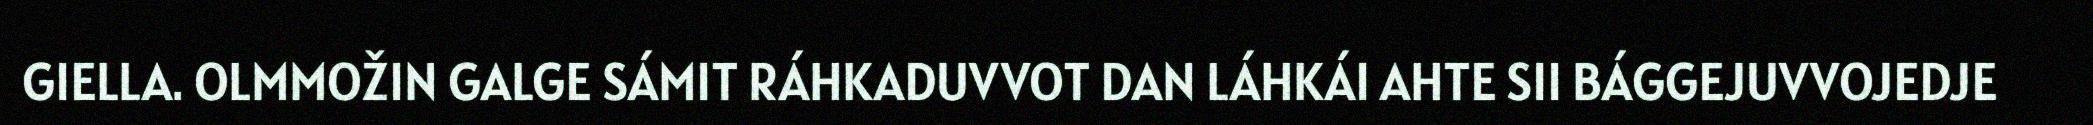
GIELLA. OLMMOŽIN GALGE SÁMIT RÁHKADUVVOT DAN LÁHKÁI AHTE SII BÁGGEJUVVOJEDJE